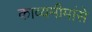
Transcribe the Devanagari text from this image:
काव्यमीमांसे